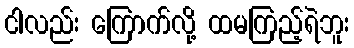
ငါလည်း ကြောက်လို့ ထမကြည့်ရဲဘူး